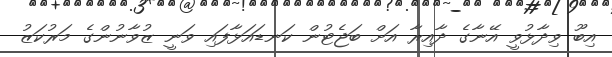
އިބޫ ވިދާޅުވީ އޭނާގެ ދާއިރާ އަށް ބަޖެޓުން ކަނޑައަޅާފައި ވަނީ ޒުވާނުންގެ މަރުކަޒު